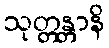
သုတ္တန္တာနိ